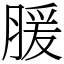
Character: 䐘